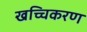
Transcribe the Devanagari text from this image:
खच्चिकरण